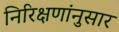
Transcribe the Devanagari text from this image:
निरिक्षणांनुसार